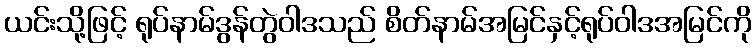
ယင်းသို့ဖြင့် ရုပ်နာမ်ဒွန်တွဲဝါဒသည် စိတ်နာမ်အမြင်နှင့်ရုပ်ဝါဒအမြင်ကို